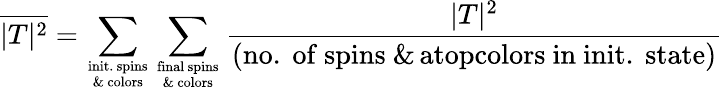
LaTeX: \overline{{|T|^{2}}}=\sum_{\mathrm{init.\ spins\atop\& \ colors}}\sum_{\mathrm{final\ spins\atop\& \ colors}}{\frac{|T|^{2}}{\left(\mathrm{no.\ of\ spins\ \& \, atopcolors\ in\ init.\ state}\right)}}